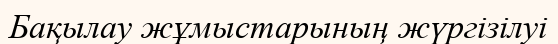
Бақылау жұмыстарының жүргізілуі